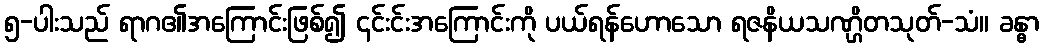
၅-ပါးသည် ရာဂ၏အကြောင်းဖြစ်၍ ၎င်းင်းအကြောင်းကို ပယ်ရန်ဟောသော ရဇနိယသဏ္ဌိတသုတ်-သံ။ ခန္ဓာ